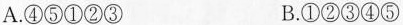
A.④⑤①②③ B.①②③④⑤